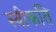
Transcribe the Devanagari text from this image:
स्वीकति